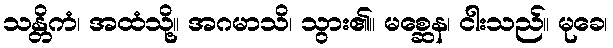
သန္တိကံ၊ အထံသို့။ အဂမာသိ၊ သွား၏။ မစ္ဆေန၊ ငါးသည်။ မုခေ၊